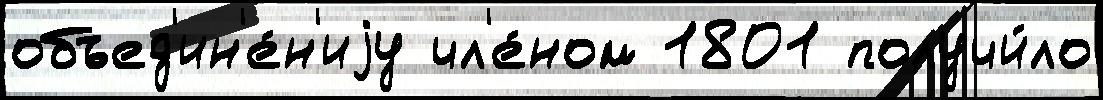
объед'ин'е́н'иjу чл'е́ном 1801 получи́ло